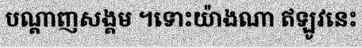
បណ្តាញសង្គម ។ទោះយ៉ាងណា ឥឡូវនេះ